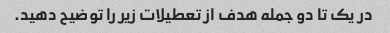
در یک تا دو جمله هدف از تعطیلات زیر را توضیح دهید.